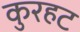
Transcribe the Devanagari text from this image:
कुरहट